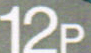
12p